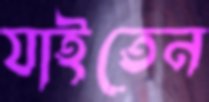
যাইতেন